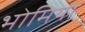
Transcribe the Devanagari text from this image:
भोमियों